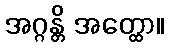
အဂ္ဂန္တိ အတ္ထော။